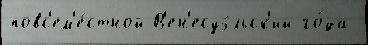
повс'ем'е́стной В'ен'есуэ́льск'ий го́да